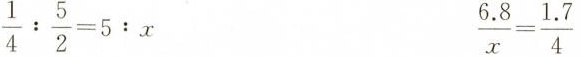
$$\frac { 1 } { 4 } : \frac { 5 } { 2 } = 5 : x$$ $$\frac { 6 . 8 } { x } = \frac { 1 . 7 } { 4 }$$